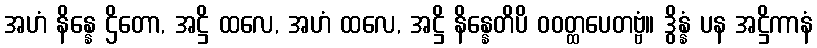
အဟံ နိန္နေ ဌိတော, အဋ္ဌိ ထလေ, အဟံ ထလေ, အဋ္ဌိ နိန္နေတိပိ ဝဝတ္ထပေတဗ္ဗံ။ ဒွိန္နံ ပန အဋ္ဌိကာနံ